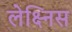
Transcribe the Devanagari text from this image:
लेक्ष्निस